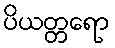
ပိယတ္တရော